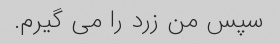
سپس من زرد را می گیرم.